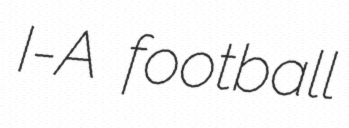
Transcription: I-A football